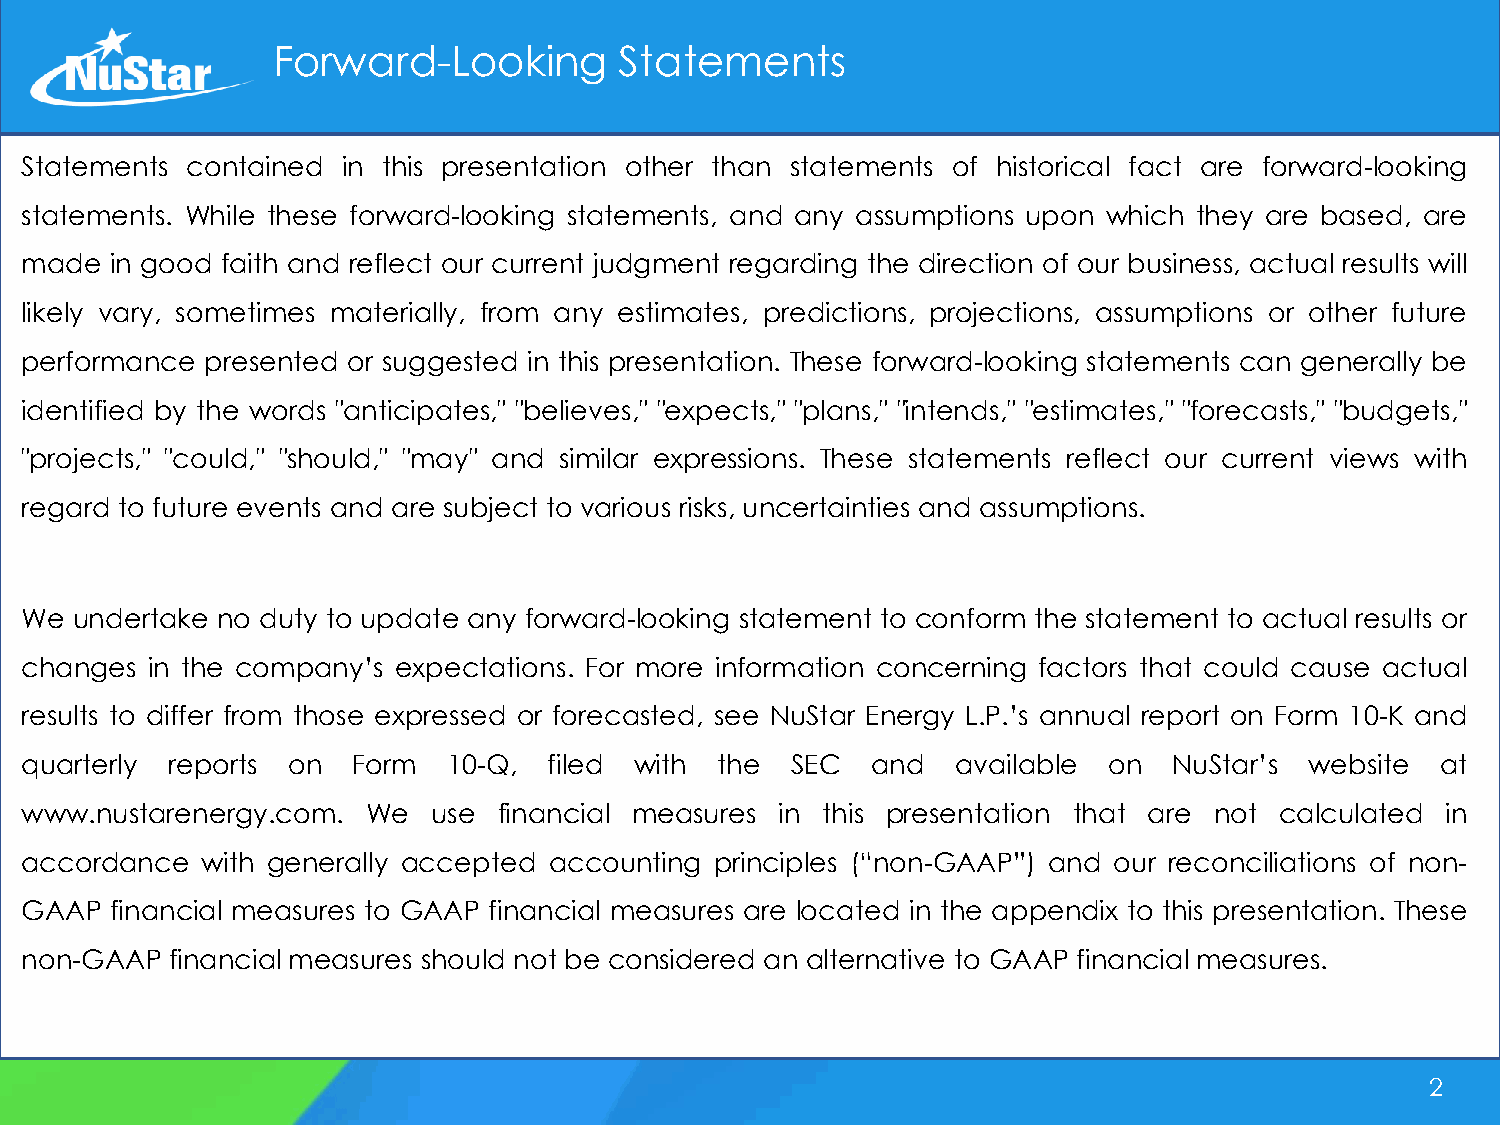
Forward-Looking        Statements
 Statements contained  in this presentation other than statements of historical fact are forward-looking
 statements. While these forward-looking statements, and any assumptions upon which they are based, are
 made  in good faith and reflect our current judgment regarding the direction of our business, actual results will
 likely vary, sometimes materially, from any estimates, predictions, projections, assumptions or other future
 performance  presented or suggested in this presentation. These forward-looking statements can generally be
 identified by the words "anticipates," "believes," "expects," "plans," "intends," "estimates," "forecasts," "budgets,"
 "projects," "could," "should," "may" and similar expressions. These statements reflect our current views with
 regard to future events and are subject to various risks, uncertainties and assumptions.
 We  undertake no duty to update any forward-looking statement to conform the statement to actual results or
 changes  in the company’s expectations. For more information concerning factors that could cause actual
 results to differ from those expressed or forecasted, see NuStar Energy L.P.’s annual report on Form 10-K and
 quarterly reports on  Form   10-Q, filed with the  SEC   and  available on   NuStar’s website at
 www.nustarenergy.com.  We   use financial measures in this presentation that are not calculated in
 accordance  with generally accepted accounting principles (“non-GAAP”) and our reconciliations of non-
 GAAP  financial measures to GAAP financial measures are located in the appendix to this presentation. These
 non-GAAP  financial measures should not be considered an alternative to GAAP financial measures.
 2